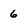
Character: 6